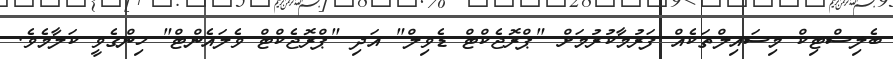
ބެލިސްޓިކް މިސައިލްތަކެއް ފަރުމާކުރުމަށް "ޕްރޮޖެކްޓް ޑެވިލް" އަދި "ޕްރޮޖެކްޓް ވެލައެންޓް" ހިންގެވީ ކަލާމެވެ.